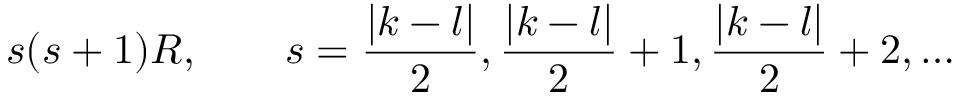
s ( s + 1 ) R , \qquad s = \frac { | k - l | } 2 , \frac { | k - l | } 2 + 1 , \frac { | k - l | } 2 + 2 , \ldots